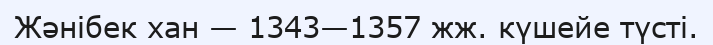
Жәнібек хан — 1343—1357 жж. күшейе түсті.